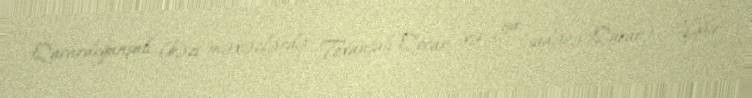
Qacardoğanşalı (bəzi məxəzlərdə: Toxanşalı-Qocar və ya sadəcə Qacar) — İğdır